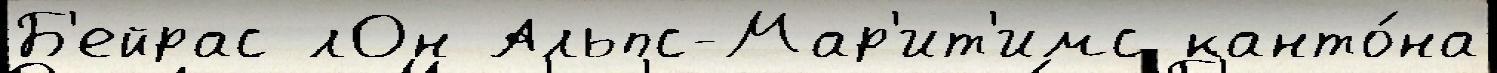
Б'ейрас лОн Альпс-Мар'ит'имс канто́на